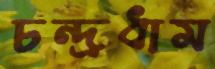
চন্দ্রধাম